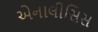
એનાલીસિસ